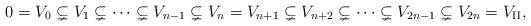
LaTeX: \begin{align*}0=V_{0}\subsetneq V_{1}\subsetneq\cdots \subsetneq V_{n-1}\subsetneq V_n=V_{n+1}\subsetneq V_{n+2}\subsetneq\cdots \subsetneq V_{2n-1}\subsetneq V_{2n}=V_\Pi,\end{align*}